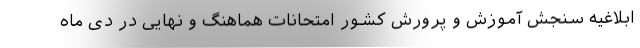
ابلاغیه سنجش آموزش و پرورش کشور امتحانات هماهنگ و نهایی در دی ماه